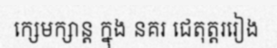
ក្សេមក្សាន្ត ក្នុង នគរ ជេតុត្តររៀង